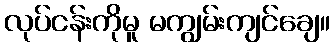
လုပ်ငန်းကိုမူ မကျွမ်းကျင်ချေ။